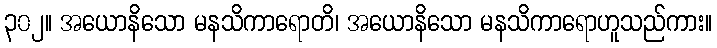
၃၀၂။ အယောနိသော မနသိကာရောတိ၊ အယောနိသော မနသိကာရောဟူသည်ကား။